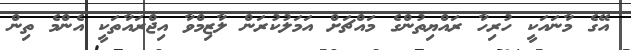
އޭގެ މާނައަކީ ހުރިހާ ރައްޔިތުންގެ މައްޗަށް އަމަލުކުރަން ލާޒިމްވާ އިޖްރައާތަކީ އެންމެ ތިން